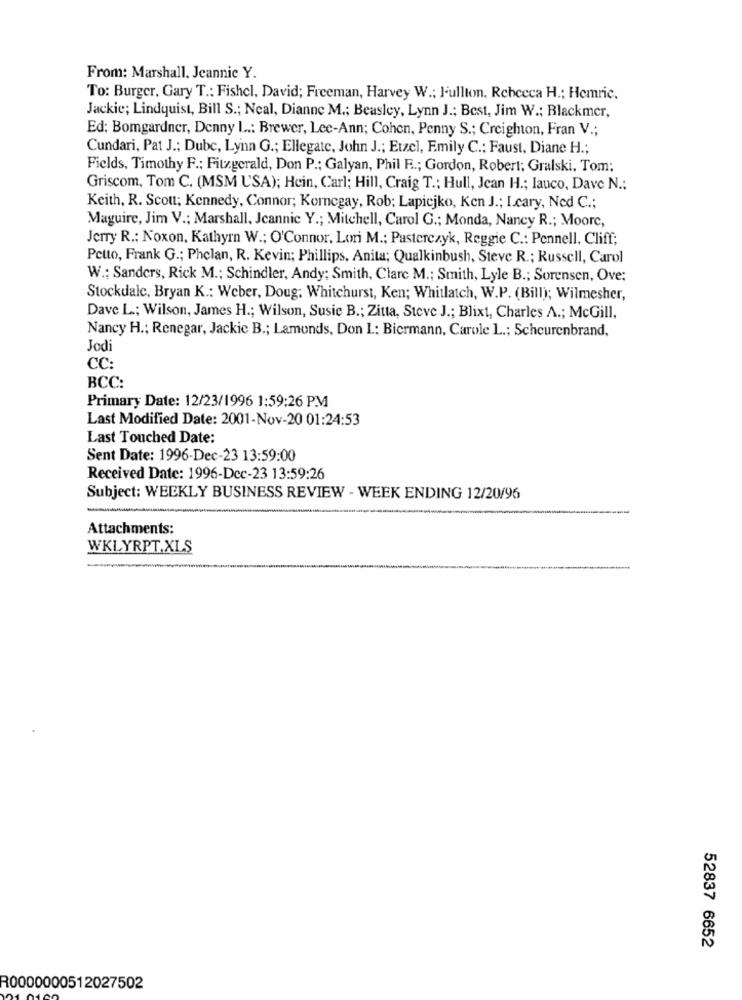
From: Marshall, Jeannie Y.
To: Burger, Gary T .: Fishel, David; Freeman, Harvey W .; Fullton, Rebecca H .; Hemric.
Jackie; Lindquist, Bill S .; Neal, Dianne M .; Beasley, Lynn J .; Best, Jim W .; Blackmer,
Ed: Bomgardner, Denny L .: Brewer, Lee-Ann; Cohen, Penny S .; Creighton, Fran V .;
Cundari, Pat J .; Dubc, Lynn G .; Ellegate, John J .; Etzel, Emily C .: Faust, Diane H .;
Fields, Timothy F .; Fitzgerald, Don P .; Galyan, Phil F .; Gordon, Robert; Gralski, Tom;
Griscom, Tom C. (MSM USA); Hein, Carl; Hill, Craig T .: Hull, Jean H .; lauco, Dave N .;
Keith, R. Scott; Kennedy, Connor; Korncgay, Rob; Lapicjko, Ken J .; Leary, Ned C .;
Maguire, Jim V .: Marshall, Jeannie Y .; Mitchell, Carol G .; Monda, Nancy R .; Moore,
Jerry R .: Noxon, Kathyrn W .; O'Connor, Lori M .: Pasterczyk, Reggie C .: Pennell, Cliff;
Petto, Frank G .; Phelan, R. Kevin; Phillips, Anita; Qualkinbush, Steve R .; Russell, Carol
W .; Sanders, Rick M .; Schindler, Andy; Smith, Clare M .; Smith, Lyle B .; Sorensen, Ove;
Stockdale, Bryan K .: Weber, Doug; Whitehurst, Ken; Whitlatch, W.P. (Bill); Wilmesher,
Dave L .; Wilson, James H .; Wilson, Susie B .; Zitta, Steve J .; Blixt, Charles A .; McGill,
Nancy H .; Renegar, Jackie B .; Lamonds, Don I .: Biermann, Carole L .; Scheurenbrand.
Jodi
CC:
BCC:
Primary Date: 12/23/1996 1:59:26 PM
Last Modified Date: 2001-Nov-20 01:24:53
Last Touched Date:
Sent Date: 1996-Dec-23 13:59:00
Received Date: 1996-Dcc-23 13:59:26
Subject: WEEKLY BUSINESS REVIEW - WEEK ENDING 12/20/96
Attachments:
WKLYRPT.XLS
52837 6652
R0000000512027502